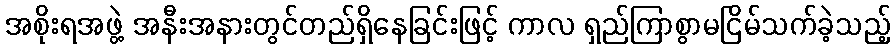
အစိုးရအဖွဲ့ အနီးအနားတွင်တည်ရှိနေခြင်းဖြင့် ကာလ ရှည်ကြာစွာမငြိမ်သက်ခဲ့သည့်